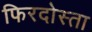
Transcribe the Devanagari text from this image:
फिरदोस्ता